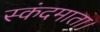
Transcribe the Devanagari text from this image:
स्कंदमाता।